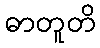
ဓာတူတိ